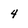
Character: 4